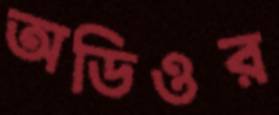
অডিওর